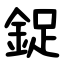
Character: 鋜